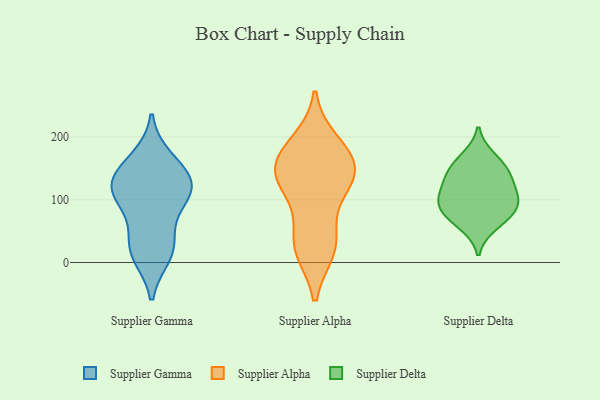
{"axis": {"x": "Energy Usage (MWh)", "y": "Value"}, "legend": ["Supplier Alpha", "Supplier Delta", "Supplier Gamma"], "data": [{"x": "", "y": 13, "type": "Supplier Gamma"}, {"x": "", "y": 164, "type": "Supplier Gamma"}, {"x": "", "y": 26, "type": "Supplier Gamma"}, {"x": "", "y": 126, "type": "Supplier Gamma"}, {"x": "", "y": 121, "type": "Supplier Gamma"}, {"x": "", "y": 110, "type": "Supplier Gamma"}, {"x": "", "y": 89, "type": "Supplier Gamma"}, {"x": "", "y": 147, "type": "Supplier Gamma"}, {"x": "", "y": 118, "type": "Supplier Gamma"}, {"x": "", "y": 27, "type": "Supplier Gamma"}, {"x": "", "y": 127, "type": "Supplier Alpha"}, {"x": "", "y": 168, "type": "Supplier Alpha"}, {"x": "", "y": 30, "type": "Supplier Alpha"}, {"x": "", "y": 123, "type": "Supplier Alpha"}, {"x": "", "y": 129, "type": "Supplier Alpha"}, {"x": "", "y": 189, "type": "Supplier Alpha"}, {"x": "", "y": 33, "type": "Supplier Alpha"}, {"x": "", "y": 23, "type": "Supplier Alpha"}, {"x": "", "y": 154, "type": "Supplier Alpha"}, {"x": "", "y": 164, "type": "Supplier Alpha"}, {"x": "", "y": 59, "type": "Supplier Delta"}, {"x": "", "y": 132, "type": "Supplier Delta"}, {"x": "", "y": 101, "type": "Supplier Delta"}, {"x": "", "y": 137, "type": "Supplier Delta"}, {"x": "", "y": 152, "type": "Supplier Delta"}, {"x": "", "y": 94, "type": "Supplier Delta"}, {"x": "", "y": 74, "type": "Supplier Delta"}, {"x": "", "y": 168, "type": "Supplier Delta"}, {"x": "", "y": 110, "type": "Supplier Delta"}, {"x": "", "y": 85, "type": "Supplier Delta"}]}